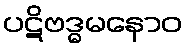
ပဋိဗဒ္ဓမနောဝ